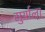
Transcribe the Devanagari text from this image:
सुर्याला